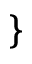
\}